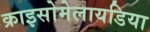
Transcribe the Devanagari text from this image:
क्राइसोमेलायडिया